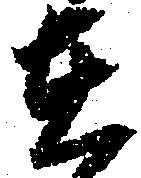
在